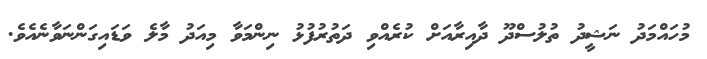
މުހައްމަދު ނަޝީދު ތުލުސްދޫ ދާއިރާއަށް ކުރެއްވި ދަތުރުފުޅު ނިންމަވާ މިއަދު މާލެ ވަޑައިގަންނަވާނެއެވެ.